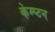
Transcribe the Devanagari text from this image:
केम्प्टन